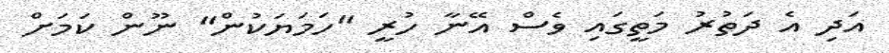
އަދި އެ ދަތުރު މަތީގައި ވެސް އޭނާ ހުރީ "ހަމަޔަކުން" ނޫން ކަމަށް